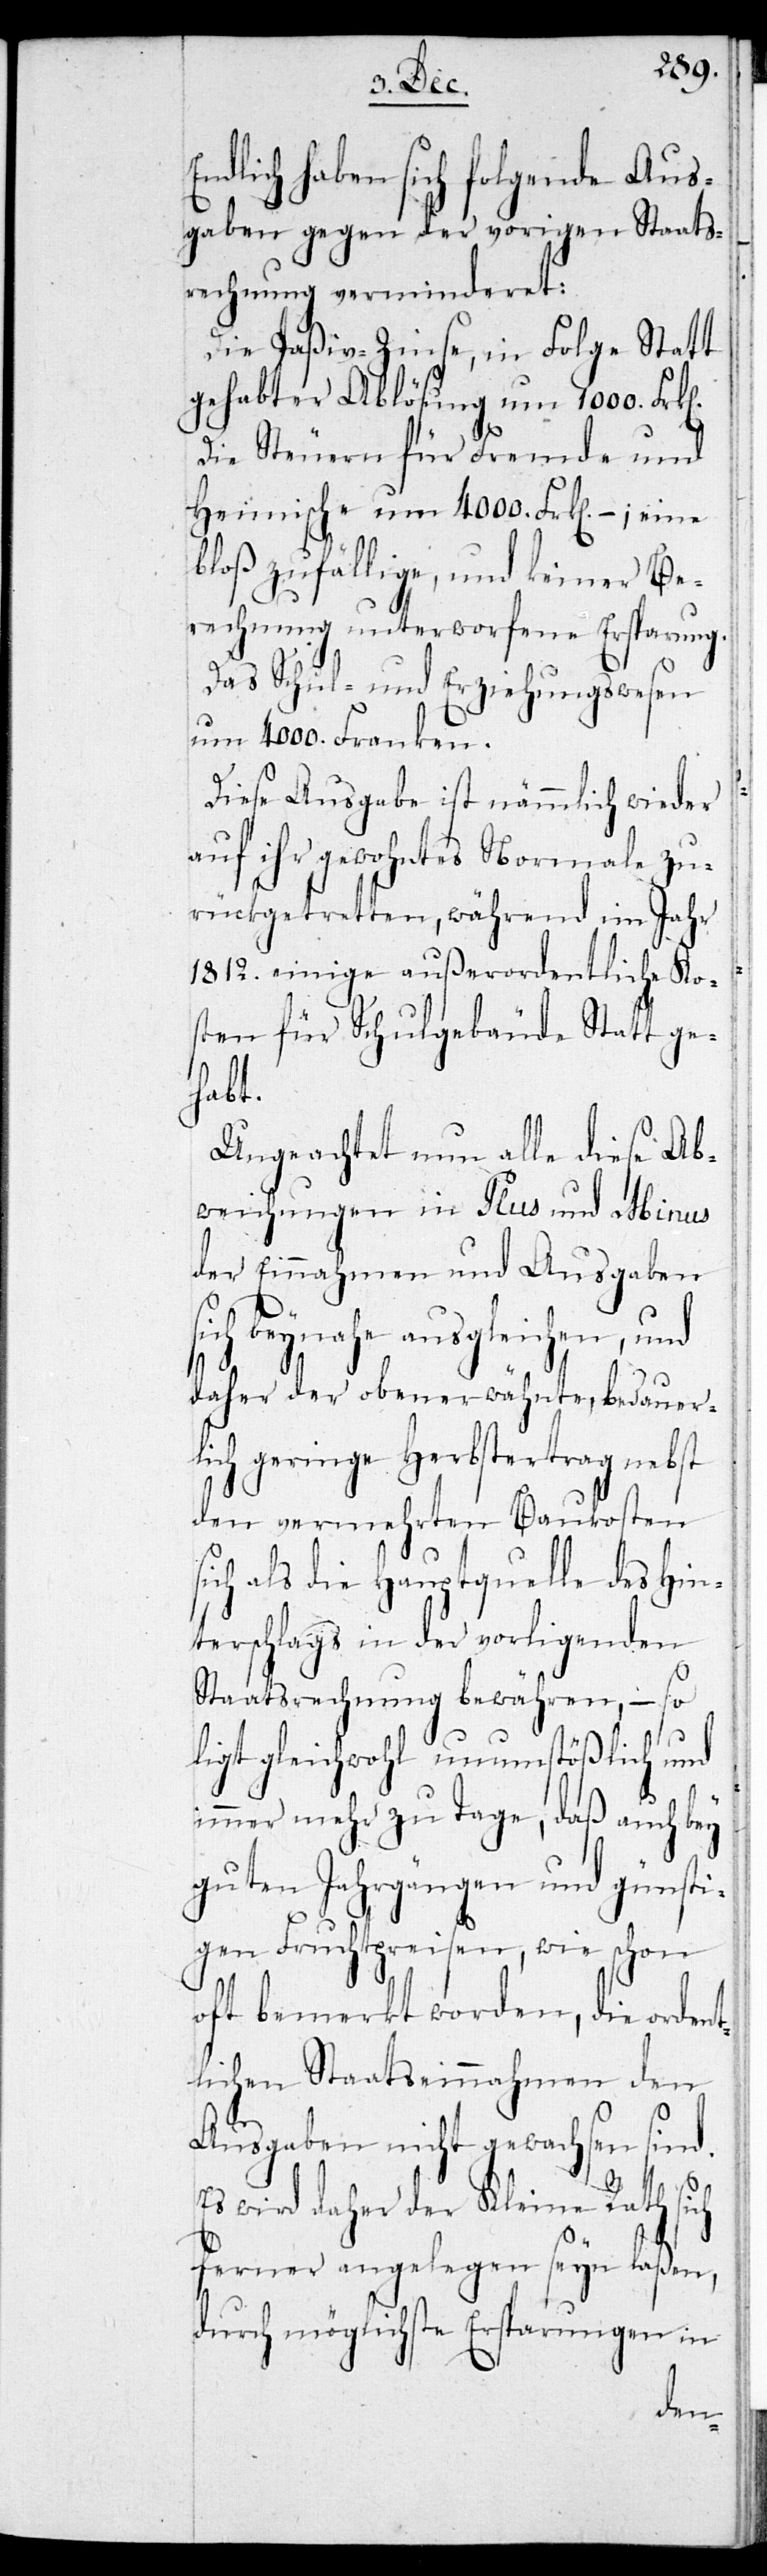
E¬
ndlich haben sich folgende Aus¬
gaben gegen der vorigen Staats¬
rechnung verminderet:
Die Paßiv-Zinse, in Folge Statt
gehabter Ablösung um 1000. Frken.
Die Steuern für Fremde und
Heimische um 4000. Frken, -; eine
bloß zufällige, und keiner Be¬
rechnung unterworfene Ersparung.
Das Schul- und Erziehungswesen
um 4000. Franken.
Diese Ausgabe ist nämlich wieder
auf ihr gewohntes Normale zu¬
rückgetretten, während im Jahr
1812. einige außerordentliche Ko¬
sten für Schulgebäude Statt ge¬
habt.
Ungeachtet nun alle diese Ab¬
weichungen in Plus und Minus
der Einnahmen und Ausgaben
sich beynahe ausgleichen, und
daher der oben erwähnte, bedauer¬
lich geringe Herbstertrag nebst
den vermehrten Baukosten
sich als die Hauptquelle des Hin¬
terschlags in der vorligenden
Staatsrechnung bewähren, – so
ligt gleichwohl unumstößlich und
immer mehr zu Tage, daß auch bey
guten Jahrgängen und günsti¬
gen Fruchtpreisen, wie schon
oft bemerkt worden, die ordent¬
lichen Staatseinnahmen den
Ausgaben nicht gewachsen sind.
Es wird daher der Kleine Rath sich
ferner angelegen seyn laßen,
durch mögliche Ersparungen in